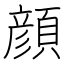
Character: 顔